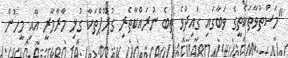
"މަސްތުވާތަކެތީގެ ވަބާގައި ގައިދުވެ ތިބެ ނުރައްކާތެރި ގުރޫޕްތަކާ ގުޅި މާރާމާރީ އާއި މީހުން